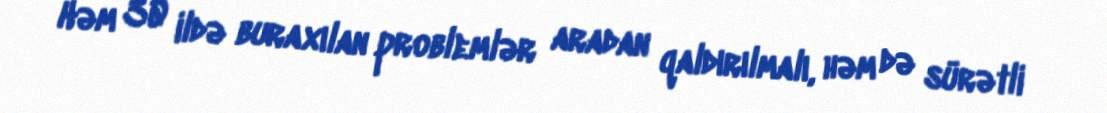
Həm 30 ildə buraxılan problemlər aradan qaldırılmalı, həm də sürətli